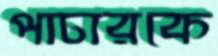
পাচারকে